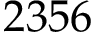
2 3 5 6